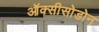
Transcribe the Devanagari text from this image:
ऑक्सीसोडोन